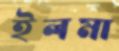
ইলমা